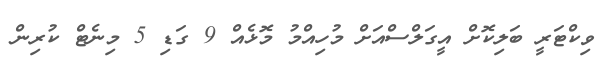
ވިކްޓަރީ ބަލިކޮށް އީގަލްސްއަށް މުހިއްމު މޮޅެއް 9 ގަޑި 5 މިނެޓް ކުރިން